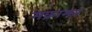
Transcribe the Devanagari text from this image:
मक्रामत